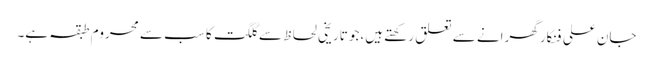
جان علی فنکار گھرانے سے تعلق رکھتے ہیں،جو تاریخی لحاظ سے گلگت کا سب سے محروم طبقہ ہے۔